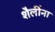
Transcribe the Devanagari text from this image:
शैलींना